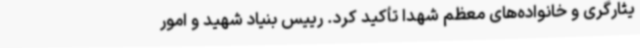
یثارگری و خانواده‌های معظم شهدا تأکید کرد. رییس بنیاد شهید و امور